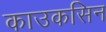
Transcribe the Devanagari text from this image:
काउकसिन